Bréfritari: Helga Jónsdóttir Austmann
Viðtakandi: Daníel Halldórsson
Dagsetning: A-1893-09-19
Skrifað á: Heyklifi  S-Múl.

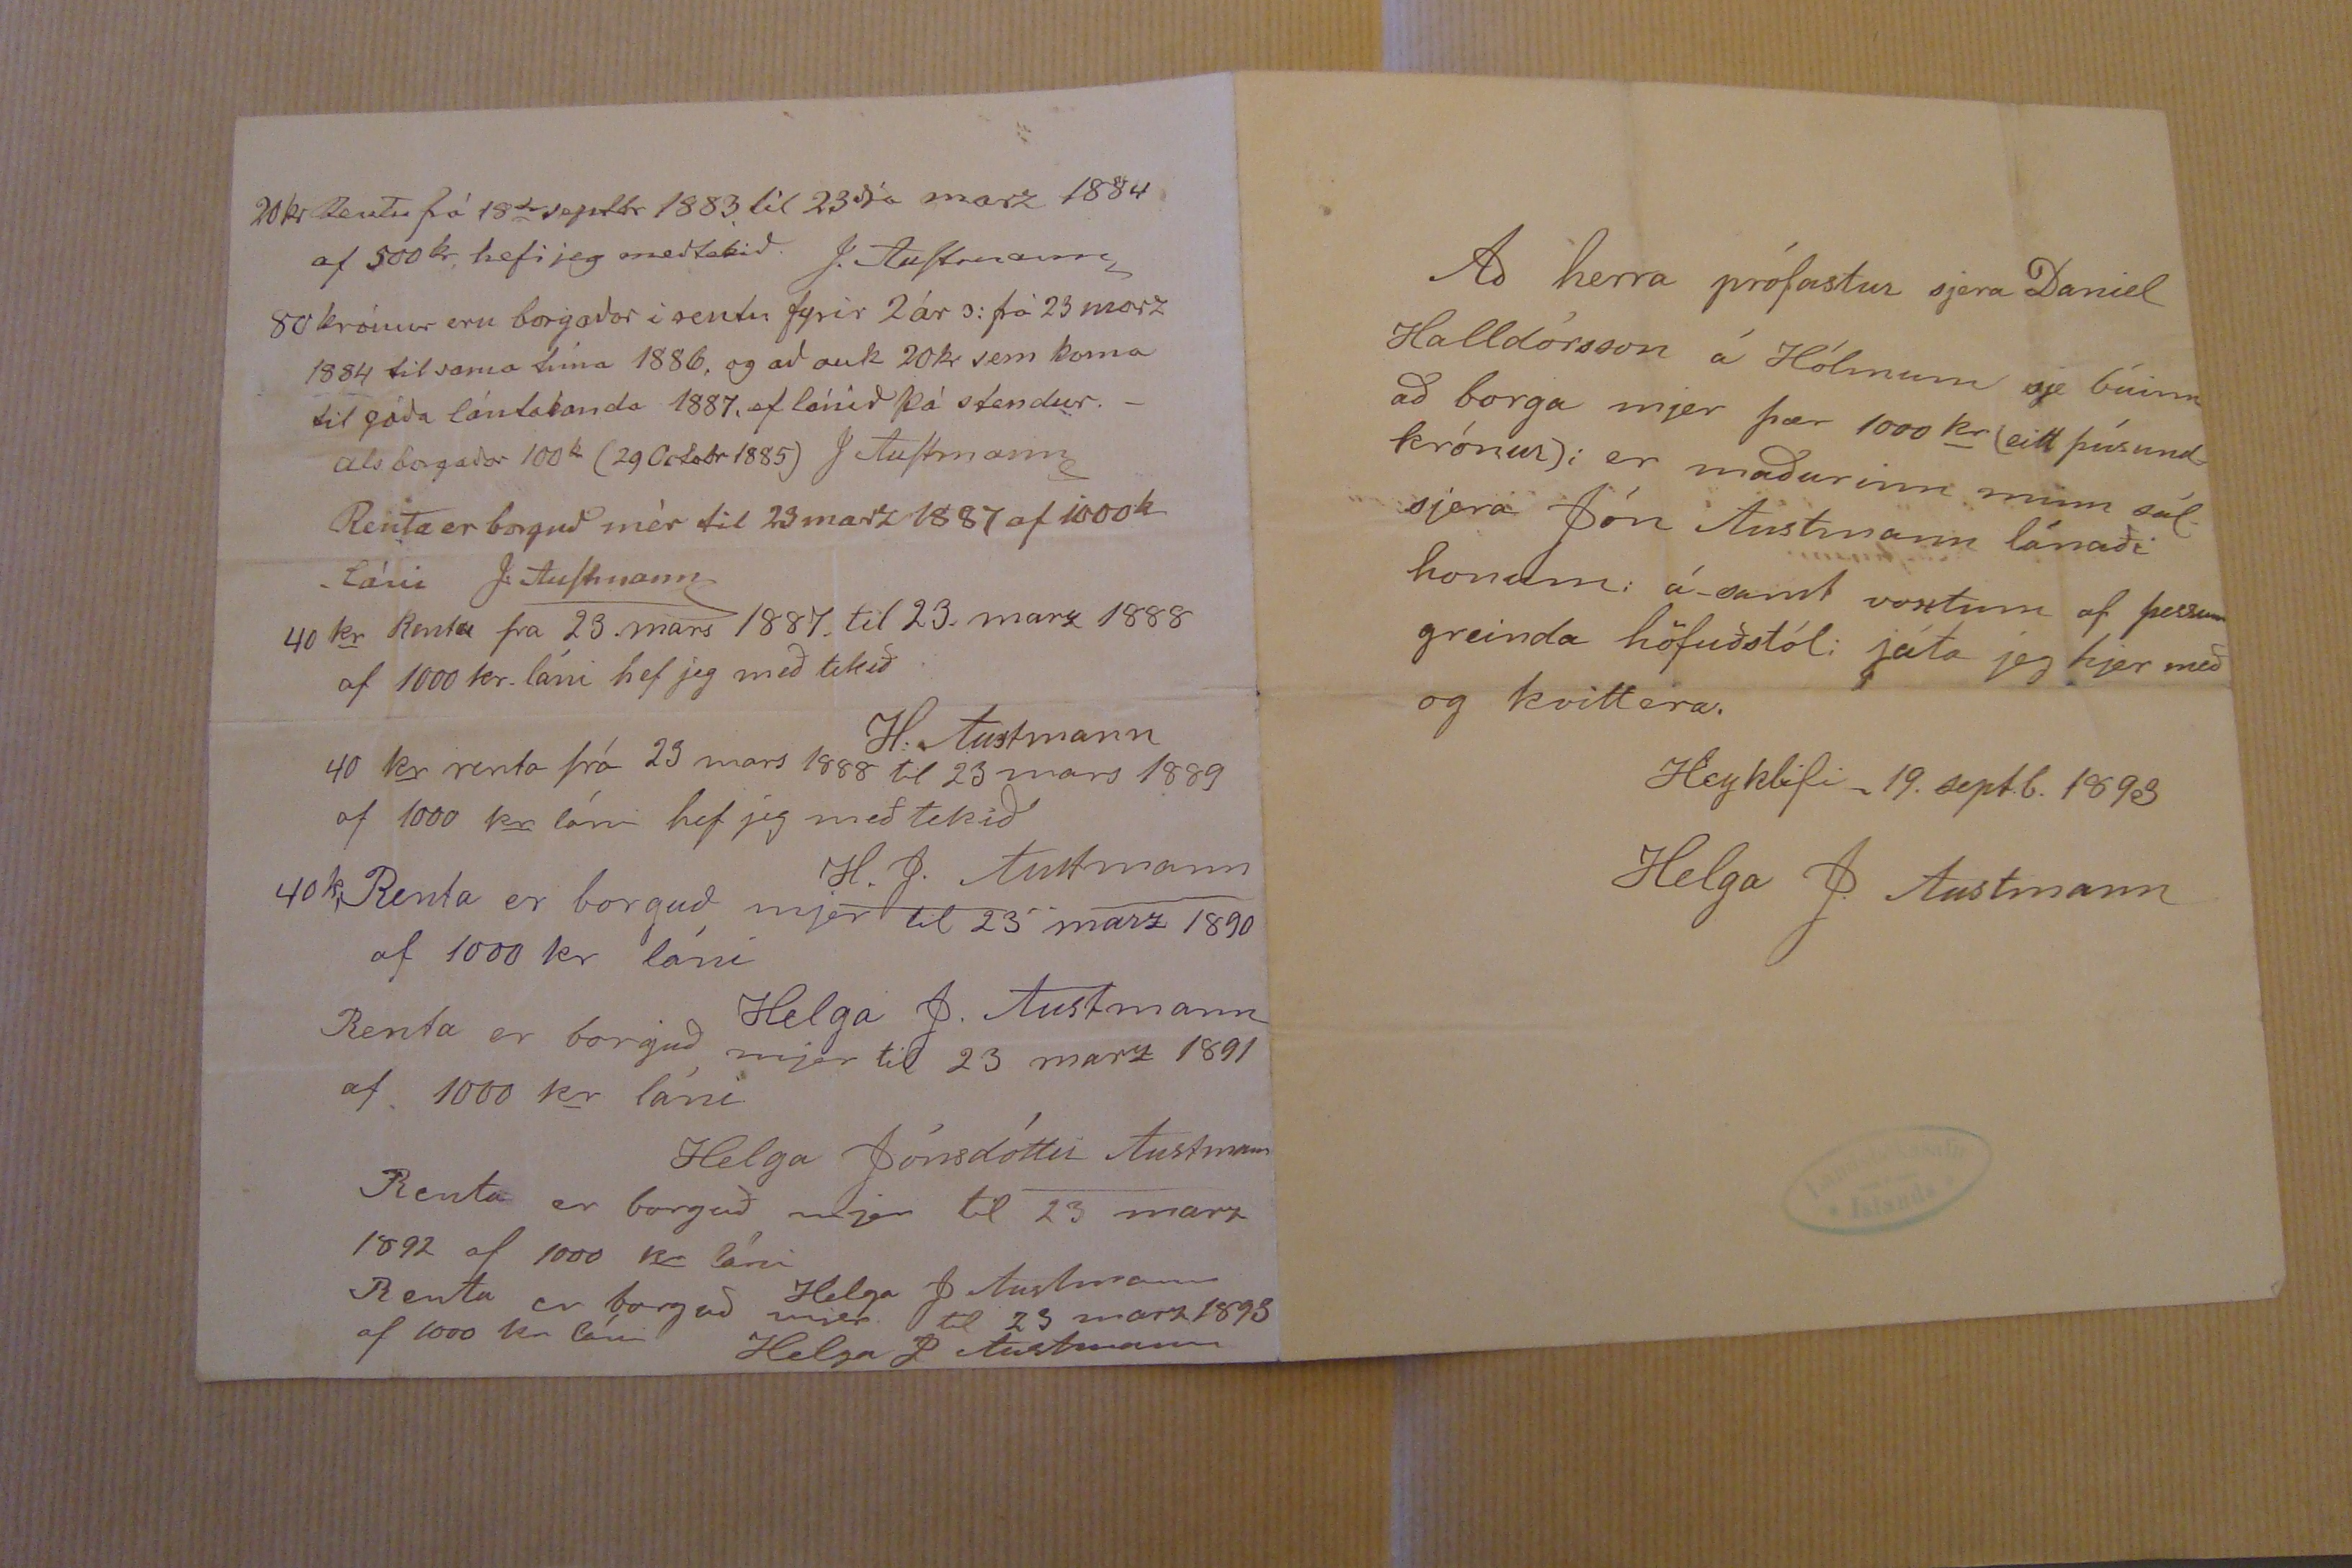

Að herra prófastur sjera Daniel Halldórsson á Hólmum sje búinn að borga mjer þær 1000 kr (eitt þúsund krónur): er maðurinn minn sál. sjera Jón Austmann lánaði honum: á samt voxtum af þessum greinda höfuðstól: játa jeg hjer með og kvittera.
Heyklifi 19 sept.b. 1893
Helga J. Austmann
20 kr Rentu frá 18da septbr 1883 til 23ja marz 1884 af 500 kr hefi jeg meðtekið. J. Austmann
80 krónur eru borgaðar í rentu fyrir 2 ár s: frá 23 marz 1884 til sama tíma 1886, og að auk 20 kr sem koma til góða lántakanda 1887, ef lánið þá stendur._ als borgaðar 100 k (29 Octobr 1885) J Austmann
Renta er borguð mér til 23 marz 1887 af 1000 k láni J. Austmann
40 kr Renta fra 23 mars 1887 til 23. marz 1888 af 1000 kr. láni hef jeg með tekið H: Austmann
40 kr renta frá 23 mars 1888 til 23 mars 1889 af 1000 kr láni hef jeg meðtekið H. J. Austmann
40 k Renta er borguð mjer til 23 marz 1890 af 1000 kr láni Helga J. Austmann
Renta er borguð mjer til 23 marz 1891 af 1000 kr láni Helga Jónsdóttir Austmann
Renta er borguð mjer til 23 marz 1892 af 1000 kr láni Helga J. Austmann
Renta er borguð mjer til 23 marz 1893 af 1000 kr láni Helga J Austmann